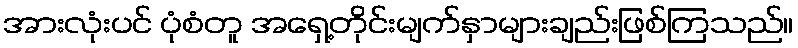
အားလုံးပင် ပုံစံတူ အရှေ့တိုင်းမျက်နှာများချည်းဖြစ်ကြသည်။